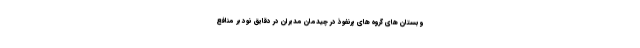
و بستان های گروه های پرنفوذ در چیدمان مدیران در دقایق نود بر منافع